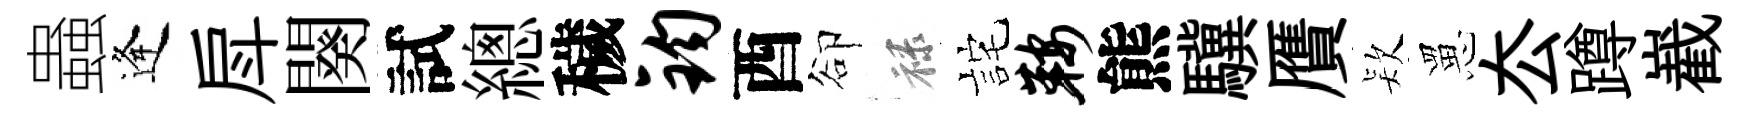
蟲逢戽闋試總穢钧酉卻禄詫鞍熊驥贋𣣇罳厺蹲嶻